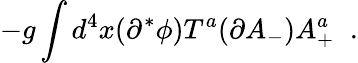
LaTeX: -g\int d^{4}x(\partial^{*}\phi)T^{a}(\partial A_{-})A_{+}^{a}\; \; .